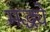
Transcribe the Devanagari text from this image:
मद्ध्ये